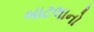
બાટલાનો